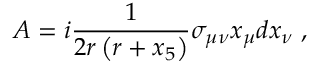
A = i \frac { 1 } { 2 r \left( r + x _ { 5 } \right) } \sigma _ { \mu \nu } x _ { \mu } d x _ { \nu } \; ,